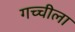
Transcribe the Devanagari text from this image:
गच्चीला